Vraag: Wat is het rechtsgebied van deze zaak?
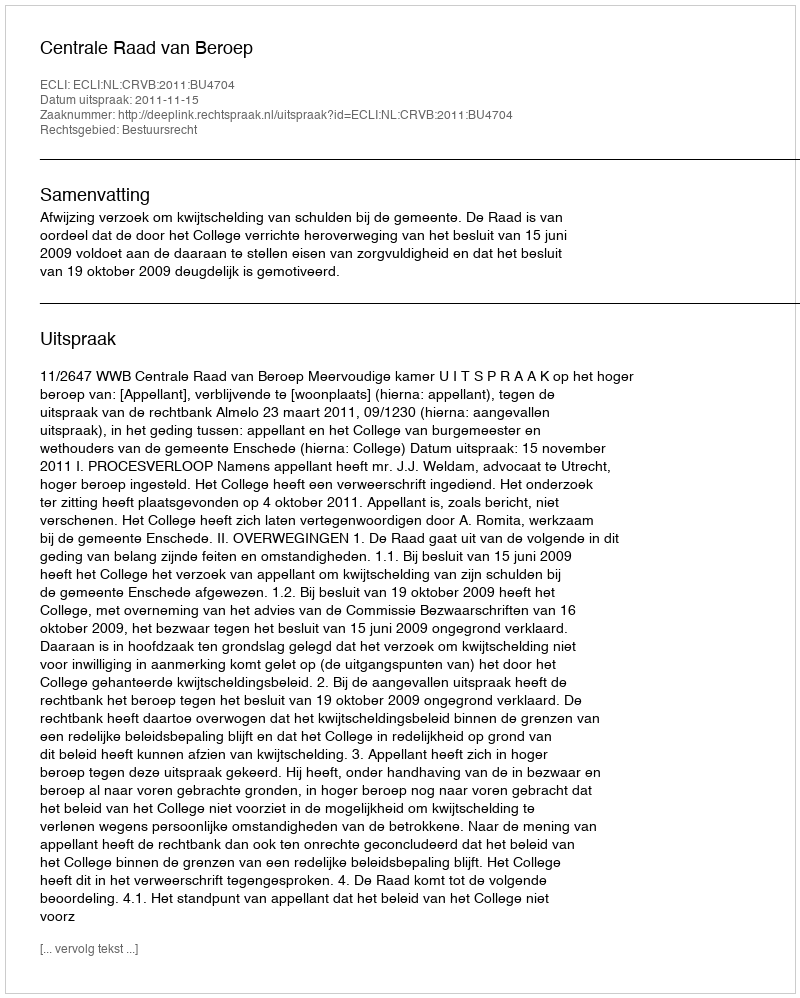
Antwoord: Bestuursrecht